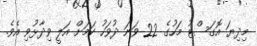
މިދިޔަ އޮގަސްޓު މަހުގެ 22 ވަނަ ދުވަހު ކަމަށް އަލީ ވިދާޅުވި އެވެ.